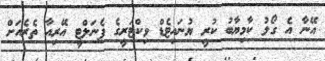
އޭނާ އެ ގޯލު ކާމިޔާބު ކުރީ ޔުނައިޓެޑް ވިކްޓަރީގެ ޕެނަލްޓީ އޭރިއާ ތެރެއަށް